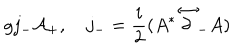
g j _ { - } { \cal A _ { + } } , j _ { - } = { \frac { i } { 2 } } ( A ^ { * } \stackrel { \leftrightarrow } { \partial } _ { - } A )